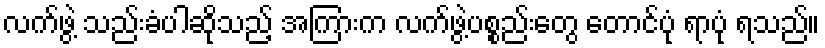
လက်ဖွဲ့ သည်းခံပါဆိုသည့် အကြားက လက်ဖွဲ့ပစ္စည်းတွေ တောင်ပုံ ရာပုံ ရသည်။